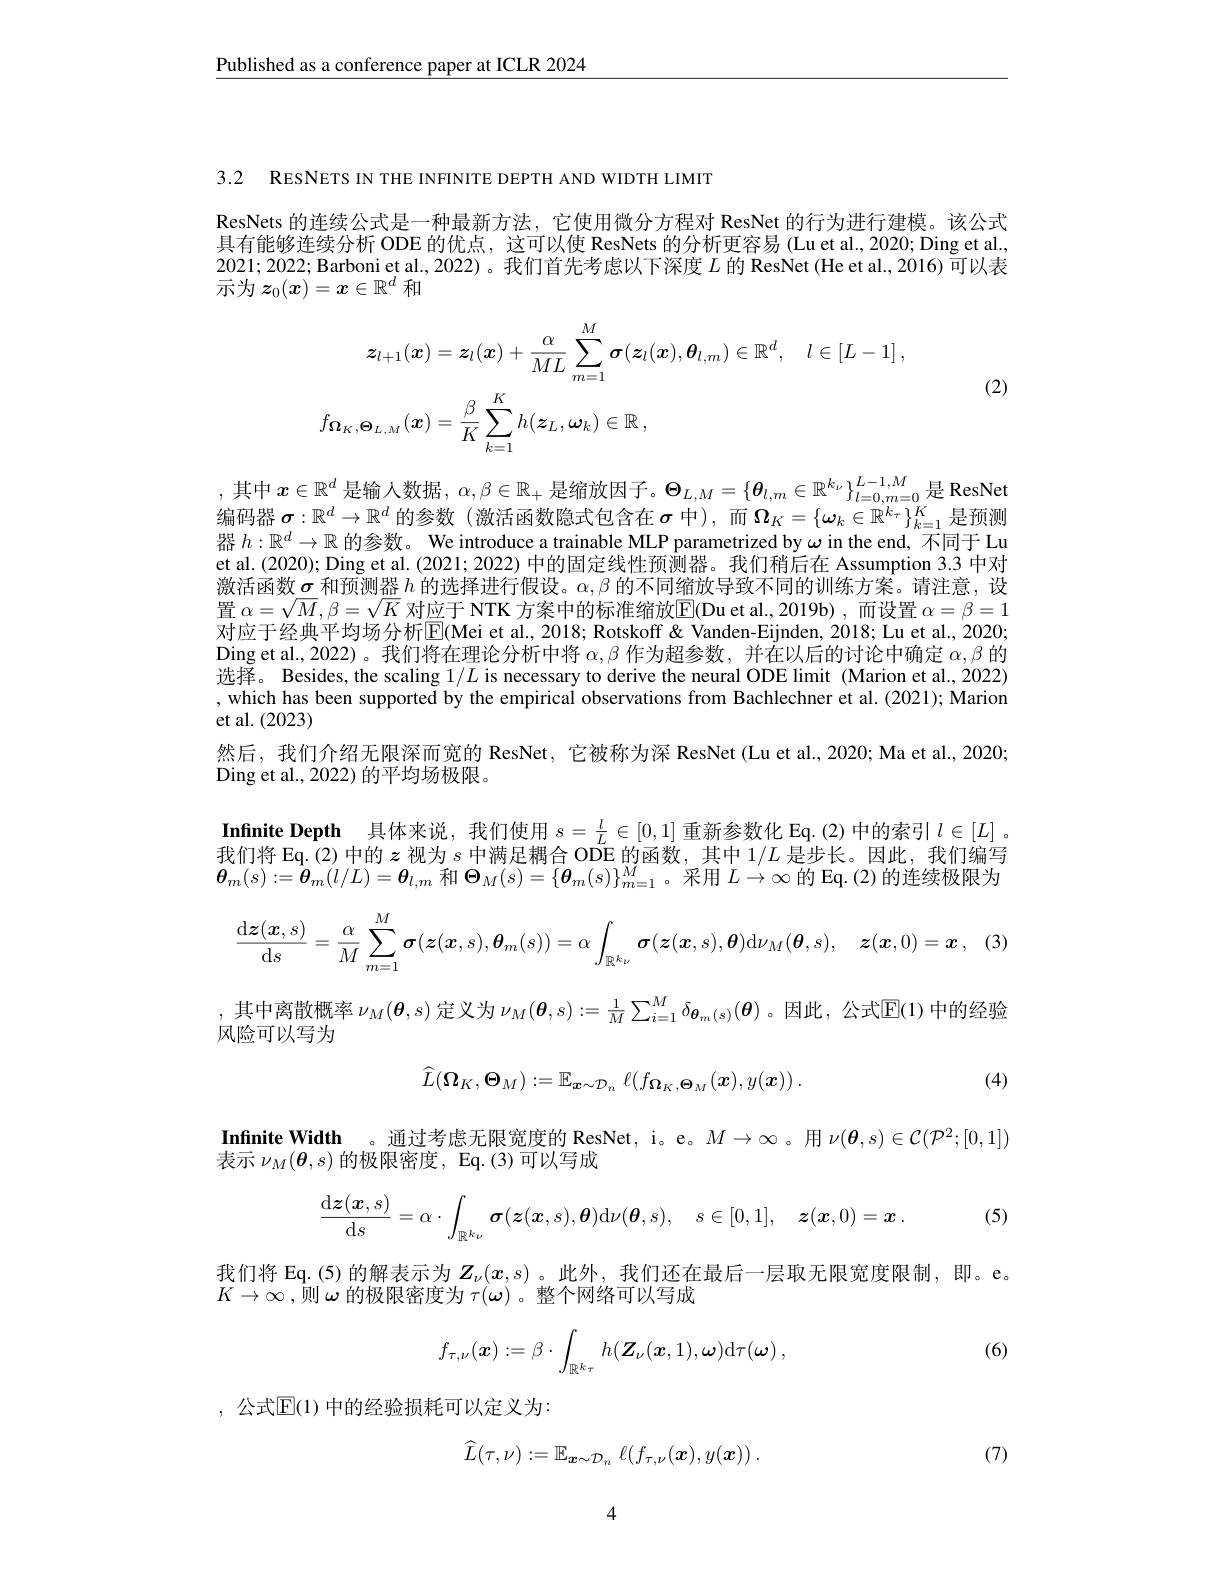
$\underline{\text{Published as a conference paper at ICLR 2024}}$

3.2 RESNETS IN THE INFINITE DEPTH AND WIDTH LIMIT

ResNets 的连续公式是一种最新方法，它使用微分方程对 ResNet 的行为进行建模。该公式具有能够连续分析 ODE 的优点，这可以使 ResNets 的分析更容易 (Lu et al., 2020; Ding et al. 2021;2022; Barboni et al., 2022)。我们首先考虑以下深度$L$的 ResNet (He et al., 2016) 可以表示为$z_0(\boldsymbol{x})=\boldsymbol{x}\in\mathbb{R}^d$和
$$\begin{aligned}\boldsymbol{z}_{l+1}(\boldsymbol{x})&=\boldsymbol{z}_{l}(\boldsymbol{x})+\frac{\alpha}{ML}\sum_{m=1}^{M}\boldsymbol{\sigma}(\boldsymbol{z}_{l}(\boldsymbol{x}),\boldsymbol{\theta}_{l,m})\in\mathbb{R}^{d},\quad l\in[L-1]\:,\\f_{\boldsymbol{\Omega}_{K},\boldsymbol{\Theta}_{L,M}}(\boldsymbol{x})&=\frac{\beta}{K}\sum_{k=1}^{K}h(\boldsymbol{z}_{L},\boldsymbol{\omega}_{k})\in\mathbb{R}\:,\end{aligned}$$
(2)

,其 中 $x\in \mathbb{R} ^d$ 是 输 人 数 据 $, \alpha , \beta \in \mathbb{R} _+$ 是 缩 放 因 子 。$\Theta _{L, M}= \{ \boldsymbol{\theta }_{l, m}\in \mathbb{R} ^{k_\nu }\} _{l= 0, m= 0}^{L- 1, M}$是 ResNet 户 可 用 $x\in \mathbb{R} ^d$ 是 输 入 数 据 $, \alpha , \beta \in \mathbb{R} _+$ 是 缩 放 因 子 。$\Theta _{L, M}= \{ \boldsymbol{\theta }_{l, m}\in \mathbb{R} ^{k_\nu }\} _{l= 0, m= 0}^{L- 1, M}$是 ResNet 编码器$\sigma:\mathbb{R}^d\to\mathbb{R}^d$的参数 (激活函数隐式包含在$\sigma$中),而$\Omega_K=\{\omega_k\in\mathbb{R}^{k_\tau}\}_{k=1}^K$是预测器$h:\mathbb{R}^d\to\mathbb{R}$的参数。We introduce a trainable MLP parametrized by $\omega$ in the end, 不同于 Lu et al.(2020); Ding et al. (2021; 2022) 中的固定线性预测器。我们稍后在 Assumption 3.3 中对激活函数$\sigma$和预测器$h$的选择进行假设。$\alpha,\beta$的不同缩放导致不同的训练方案。请注意，设置$\alpha=\sqrt{M},\beta=\sqrt{K}$对应于 NTK 方案中的标准缩放$\overline{\mathrm{E}}($Du et al.,2019b) ,而设置$\alpha=\beta=1$ 对应于经典平均场分析$\mathbb{E}($Mei et al., 2018; Rotskoff& Vanden-Eijnden, 2018; Lu et al., 2020; $\operatorname{Ding}$ et al., 2022)。我们将在理论分析中将$\alpha,\beta$作为超参数，并在以后的讨论中确定$\alpha,\beta$的选择。Besides, the scaling $1/L$ is necessary to derive the neural ODE limit (Marion et al., 2022) , which has been supported by the empirical observations from Bachlechner et al.(2021); Marion et al. (2023)
然后，我们介绍无限深而宽的 ResNet, 它被称为深 ResNet (Lu et al., 2020; Ma et al., 2020;
Ding et al., 2022) 的平均场极限。

Infinite Depth 具体来说，我们使用$s=\frac lL\in[0,1]$重新参数化 Eq.(2)中的索引$l\in[L]$ 。我们将 Eq.(2) 中的$z$视为$s$中满足耦合 ODE 的函数，其中$1/L$是步长。因此，我们编写

$\boldsymbol{\theta}_{m}(s):=\hat{\boldsymbol{\theta}}_{m}(l/L)=\boldsymbol{\theta}_{l,m}$ 和$\boldsymbol\Theta_M(s)=\{\boldsymbol{\theta}_m(s)\}_{m=1}^{M}$。采用$L\to\infty$ 的 Eq.(2)的连续极限为
$$\frac{\mathrm{d}\boldsymbol{z}(\boldsymbol{x},s)}{\mathrm{d}s}=\frac{\alpha}{M}\sum_{m=1}^{M}\boldsymbol{\sigma}(\boldsymbol{z}(\boldsymbol{x},s),\boldsymbol{\theta}_{m}(s))=\alpha\int_{\mathbb{R}^{k_{\nu}}}\boldsymbol{\sigma}(\boldsymbol{z}(\boldsymbol{x},s),\boldsymbol{\theta})\mathrm{d}\nu_{M}(\boldsymbol{\theta},s),\quad\boldsymbol{z}(\boldsymbol{x},0)=\boldsymbol{x},\quad(3)$$
,其中离散概率$\nu_M(\boldsymbol{\theta},s)$定义为$\nu_M(\boldsymbol{\theta},s):=\frac1M\sum_{i=1}^M\delta_{\boldsymbol{\theta}_m(s)}(\boldsymbol{\theta})$ 。因此，公式$\overline{\mathrm{E}}(1)$中的经验
风险可以写为

(4)
$$\hat{L}(\boldsymbol{\Omega}_{K},\boldsymbol{\Theta}_{M}):=\mathbb{E}_{\boldsymbol{x}\sim\mathcal{D}_{n}}\:\ell(f_{\boldsymbol{\Omega}_{K},\boldsymbol{\Theta}_{M}}(\boldsymbol{x}),y(\boldsymbol{x}))\:.$$
$\textbf{Infinite Width。 通 过 考 虑 无 限 宽 度 的  ResNet,  i。 e。 }M\to \infty$。 用  $\nu ( \boldsymbol{\theta }, s) \in \mathcal{C} ( \mathcal{P} ^2; [ 0, 1] )$
表示$\nu_{M}(\boldsymbol{\theta},s)$的极限密度，Eq.(3)可以写成
$$\frac{\mathrm{d}\boldsymbol{z}(\boldsymbol{x},s)}{\mathrm{d}s}=\alpha\cdot\int_{\mathbb{R}^{k_{\nu}}}\boldsymbol{\sigma}(\boldsymbol{z}(\boldsymbol{x},s),\boldsymbol{\theta})\mathrm{d}\nu(\boldsymbol{\theta},s),\quad s\in[0,1],\quad\boldsymbol{z}(\boldsymbol{x},0)=\boldsymbol{x}\:.$$
(5)

我们将 Eq.(5)的解表示为$Z_\nu(x,s)$ 。此外，我们还在最后一层取无限宽度限制，即。e。
$K\to\infty$,则$\omega$ 的极限密度为 $\tau(\omega)$。整个网络可以写成

(6)
$$f_{\tau,\nu}(\boldsymbol{x}):=\beta\cdot\int_{\mathbb{R}^{k_{\tau}}}h(\boldsymbol{Z}_{\nu}(\boldsymbol{x},1),\boldsymbol{\omega})\mathrm{d}\tau(\boldsymbol{\omega})\:,$$
,公式$\mathbb{E}(1)$ 中的经验损耗可以定义为：

(7)
$$\widehat{L}(\tau,\nu):=\mathbb{E}_{\boldsymbol{x}\sim\mathcal{D}_n}\:\ell(f_{\tau,\nu}(\boldsymbol{x}),y(\boldsymbol{x}))\:.$$
4